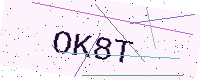
Text: OK8T